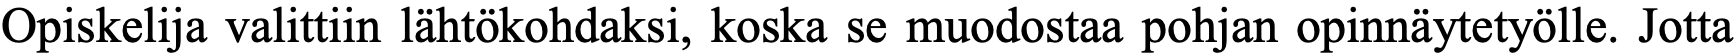
Opiskelija valittiin lähtökohdaksi, koska se muodostaa pohjan opinnäytetyölle. Jotta